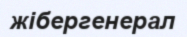
жібергенерал